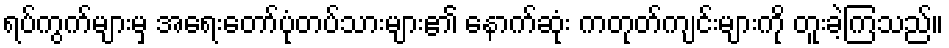
ရပ်ကွက်များမှ အရေးတော်ပုံတပ်သားများ၏ နောက်ဆုံး ကတုတ်ကျင်းများကို တူးခဲ့ကြသည်။